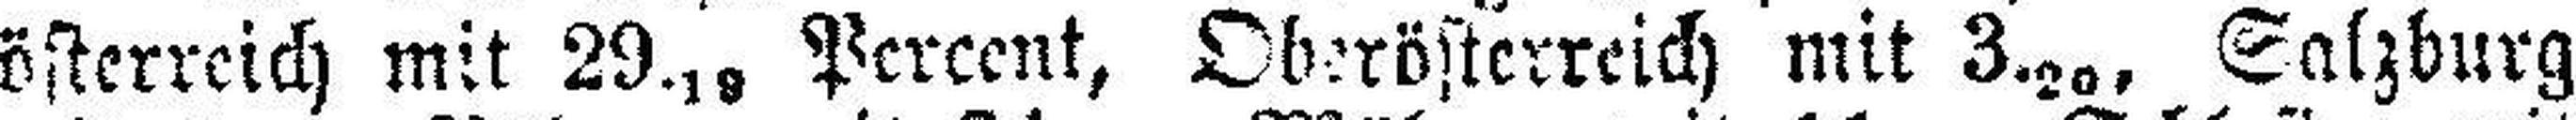
österreich mit 29.19 Percent, Oberösterreich mit 3.20, Salzburg